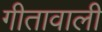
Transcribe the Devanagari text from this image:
गीतावाली